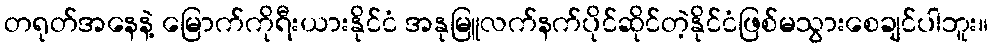
တရုတ်အနေနဲ့ မြောက်ကိုရီးယားနိုင်ငံ အနုမြူလက်နက်ပိုင်ဆိုင်တဲ့နိုင်ငံဖြစ်မသွားစေချင်ပါဘူး။